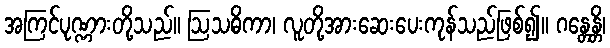
အကြင်ပုဏ္ဏားတို့သည်။ ဩသဓိကာ၊ လူတို့အားဆေးပေးကုန်သည်ဖြစ်၍။ ဂန္တေန္တိ၊